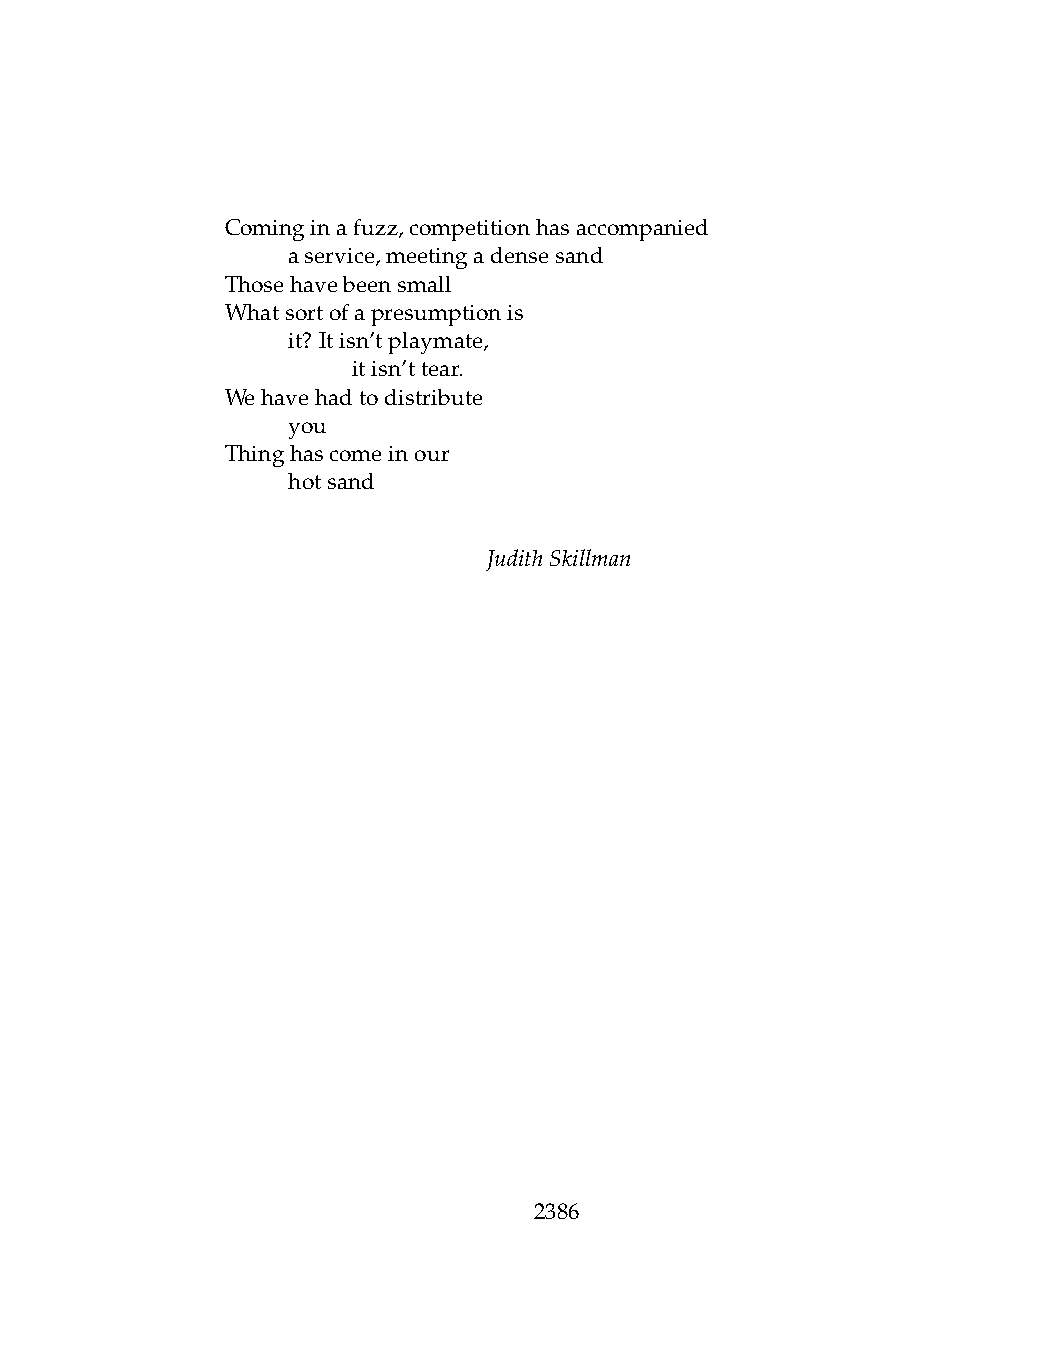
Cominginafuzz,competitionhasaccompanied
 .   aservice,meetingadensesand
 Thosehavebeensmall
 Whatsortofapresumptionis
 .   it? Itisn’tplaymate,
 .   .   itisn’ttear.
 Wehavehadtodistribute
 .   you
 Thinghascomeinour
 .   hotsand
 JudithSkillman
 2386